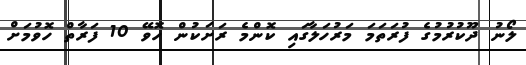
ލޯނު ދޫކުރުމުގެ ފުރަތަމަ މަރުހަލާގައި ކޮންމެ ރަށަކުން ހޮވޭ 10 ފަރާތް ހޮވުމަށް